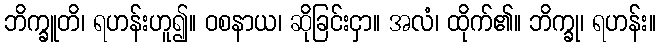
ဘိက္ခူတိ၊ ရဟန်းဟူ၍။ ဝစနာယ၊ ဆိုခြင်းငှာ။ အလံ၊ ထိုက်၏။ ဘိက္ခု၊ ရဟန်း။